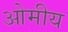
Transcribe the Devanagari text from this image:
ओमीय